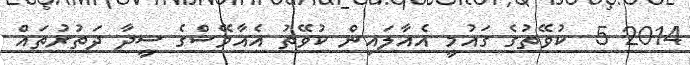
2014 5  ކުވޭތުގެ ގައުމީ އެއާލައިން ކުވޭތު އެއާވޭސްގެ ސީދާ ދަތުރުތައް